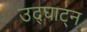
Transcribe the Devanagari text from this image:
उद्घाट्न